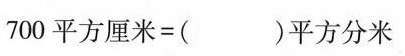
700平方厘米=( )平方分米